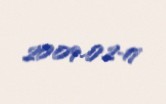
2009-02-17